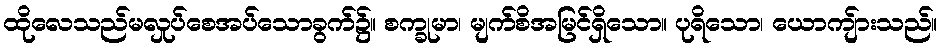
ထိုလေသည်မလှုပ်စေအပ်သောခွက်၌။ စက္ခုမာ၊ မျက်စိအမြင်ရှိသော။ ပုရိသော၊ ယောကျ်ားသည်။